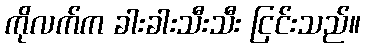
ကိုလက်က ခါးခါးသီးသီး ငြင်းသည်။